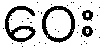
ဝေး